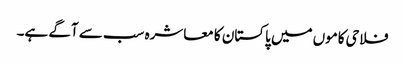
فلاحی کاموں میں پاکستان کا معاشرہ سب سے آگے ہے۔